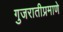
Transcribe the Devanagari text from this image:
गुजरातीप्रमाणे